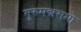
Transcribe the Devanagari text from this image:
गुरुमन्त्रसमो